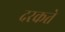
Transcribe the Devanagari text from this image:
दरकते